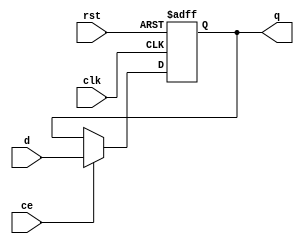
module fdce
(
    input      clk,
    input      rst,
    input      ce,
    input      d,
    output reg q
);

    always @ (posedge clk or posedge rst)
        if (rst)
            q <= 0;
        else if (ce)
            q <= d;

endmodule

module fdre
(
    input      clk,
    input      rst,
    input      ce,
    input      d,
    output reg q
);

    always @ (posedge clk)
        if (rst)
            q <= 0;
        else if (ce)
            q <= d;

endmodule

module caseab
(
    input            clk,
    input            rst,
    input            d,
	 input  [2:0]     sel,
	 output       reg a,
	 output       reg b
);

    always @ (posedge clk)
        if (rst)
		  begin
            a <= 0;
            b <= 0;
		  end
		  else
		  begin
		     // 
           case (sel)
	        1: a <= b;
			  2: b <= 0;
			  3: b <= 1;
			  4: a <= 0;
			  5: a <= b;
			  default: ;
			  endcase
		  end
			  
endmodule

module top
(
    input  clk,
    input  rst,
    input  ce,
    input  d,
    output q1,
	 output q2,
	 
	 input  [2:0] sel,
	 output       a,
	 output       b
);

    fdce fdce (clk, rst, ce, d, q1);
	 
    fdre fdre (clk, rst, ce, d, q2);

    caseab caseab (clk, rst, d, sel, a, b);

endmodule



/*


module top_3
(
    input  clk,

    input  btn_0,
    input  btn_1,

    output led_0,
    output led_1,
    output led_2,
    output led_3
);

    wire reset = btn_0;

    reg [3:0] r;

    always @ (posedge clk or posedge reset)
        if (reset)
            r <= 0;
        else
            r <= r + 1;
	 
    assign led_0 = r [0];
    assign led_1 = r [1];
    assign led_2 = r [2];
    assign led_3 = r [3];

endmodule















module top_2
(
    input  clk,

    input  btn_0,
    input  btn_1,

    output led_0,
    output led_1,
    output led_2,
    output led_3
);

    wire reset = btn_0;

    reg [3:0] r;

    always @ (posedge clk)
        if (reset)
            r <= 4'b0001;
        else
            r <= { r [0], r [3:1] };
	 
    assign led_0 = r [0];
    assign led_1 = r [1];
    assign led_2 = r [2];
    assign led_3 = r [3];

endmodule















module top_1
(
    input      clk,

    input      btn_0,
    input      btn_1,

    output     led_0,
    output     led_1,
    output reg led_2,
    output reg led_3
);

    assign led_0 = clk;

    reg reg_1;

    always @ (posedge clk)
        reg_1 <= btn_0;

    assign led_1 = reg_1;

    always @ (posedge clk)
        led_2 <= btn_0;

    always @ (posedge clk)
        if (btn_1)
            led_3 <= btn_0;

endmodule

*/